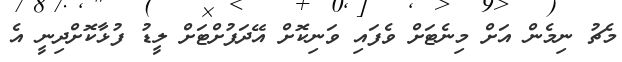
މެޗު ނިމެން އަށް މިނެޓަށް ވެފައި ވަނިކޮށް އޭދަފުށްޓަށް ލީޑު ފުޅާކޮށްދިނީ އެ